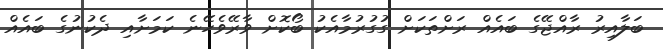
ބަލާއިރު ރާއްޖޭގެ ބައެއް ރަށްތަކަށް ގުގުރުމާއެކު ބޯކޮށް ވާރޭވެހޭނެ ކަމަށާއި ދެކުނުގެ ބައެއް